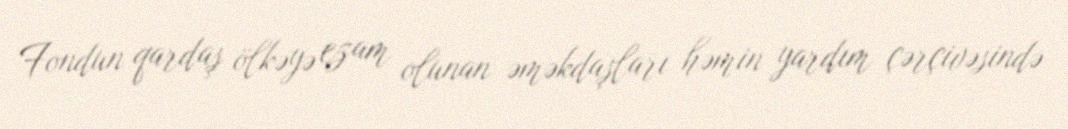
Fondun qardaş ölkəyə ezam olunan əməkdaşları həmin yardım çərçivəsində